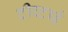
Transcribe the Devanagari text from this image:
टीच्टाई